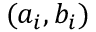
( a _ { i } , b _ { i } )